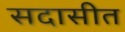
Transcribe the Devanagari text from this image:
सदासीत